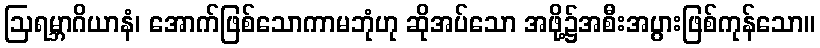
ဩရမ္ဘာဂိယာနံ၊ အောက်ဖြစ်သောကာမဘုံဟု ဆိုအပ်သော အဖို့၌အစီးအပွားဖြစ်ကုန်သော။